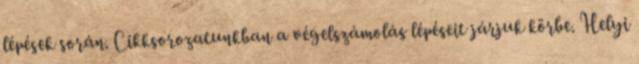
lépések során. Cikksorozatunkban a végelszámolás lépéseit járjuk körbe. Helyi